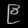
Digit: ၉